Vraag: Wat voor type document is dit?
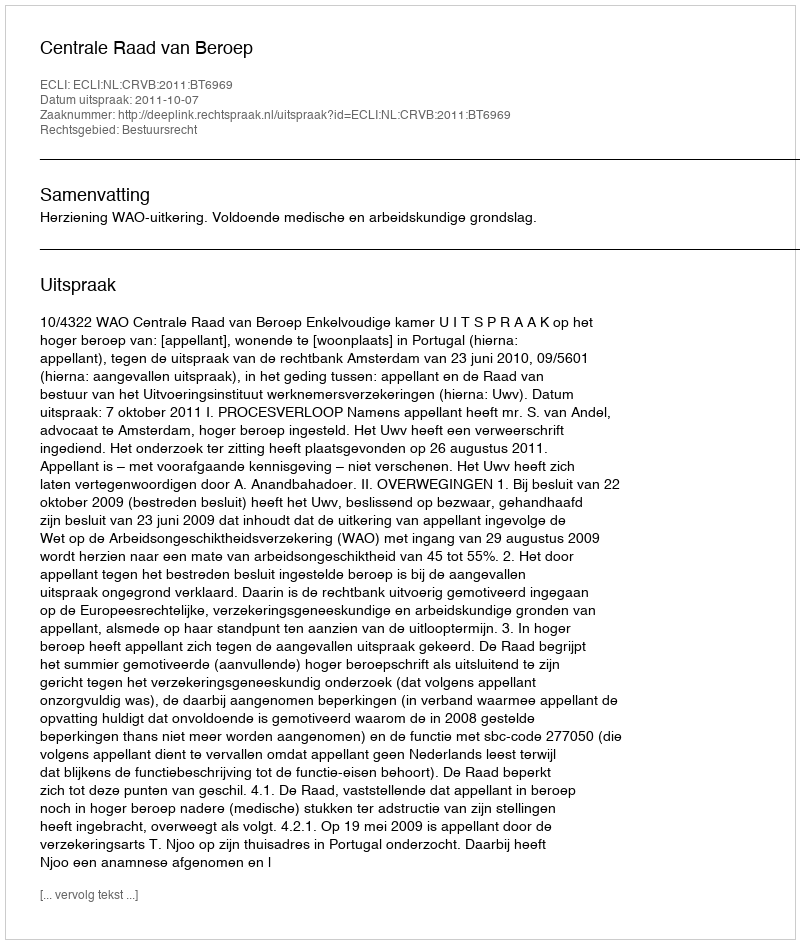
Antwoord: Uitspraak